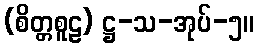
(စိတ္တစူဠ) ဋ္ဌ-သ-အုပ်-၅။